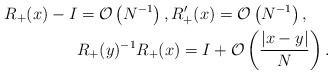
\begin{align*}R_+(x) -I& = \mathcal{O}\left( N^{-1}\right), R_+'(x)= \mathcal{O}\left( N^{-1}\right), \\&R_+(y)^{-1} R_+(x) =I+ \mathcal{O}\left( \frac{|x-y|}{N}\right).\end{align*}